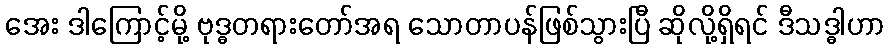
အေး ဒါကြောင့်မို့ ဗုဒ္ဓတရားတော်အရ သောတာပန်ဖြစ်သွားပြီ ဆိုလို့ရှိရင် ဒီသဒ္ဓါဟာ